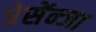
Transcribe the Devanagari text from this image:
प्रेसेंन्जा